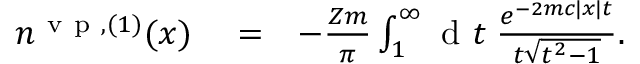
\begin{array} { r l r } { n ^ { \mathrm { ~ v ~ p ~ } , ( 1 ) } ( x ) } & { { } = } & { - \frac { Z m } { \pi } \int _ { 1 } ^ { \infty } \ensuremath { \mathrm { ~ d ~ } } t \; \frac { e ^ { - 2 m c | x | t } } { t \sqrt { t ^ { 2 } - 1 } } . } \end{array}